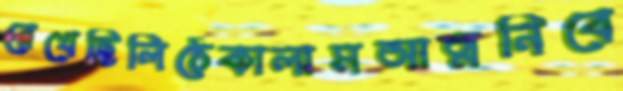
রেখেছিলিঠেকালামআত্মনিবে